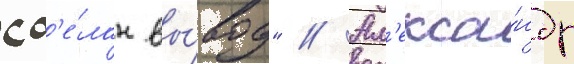
сд'е́лан вы́вод" // Ал'екса́ндр